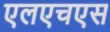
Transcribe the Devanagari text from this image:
एलएचएस